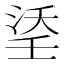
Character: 𭰶